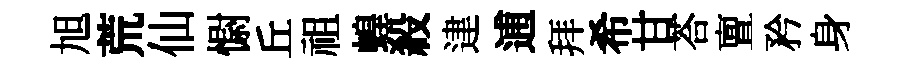
旭荒仙𢠢丘祖蝗殺䢖逋拜希甘荅亶矜身